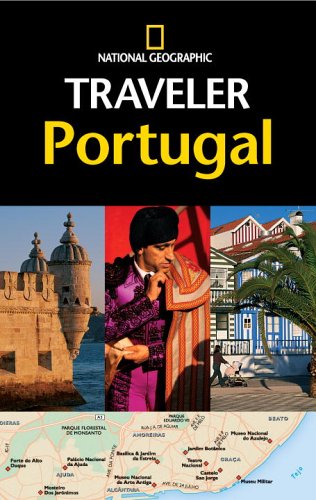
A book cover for National Geographic Traveler: Portugal; Fiona Dunlop; Travel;